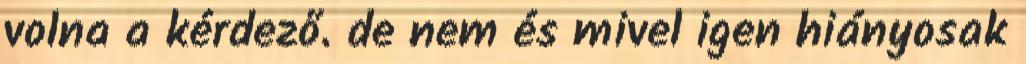
volna a kérdező. de nem és mivel igen hiányosak